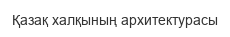
Қазақ халқының архитектурасы